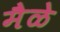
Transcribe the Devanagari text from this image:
मैळे